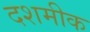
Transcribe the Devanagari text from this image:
दशमीक